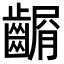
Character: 𪙆